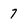
Character: 7